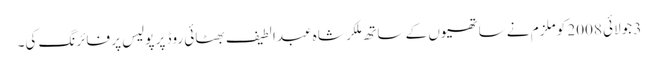
3 جولائی 2008 کو ملزم نے ساتھیوں کے ساتھ مِلکر شاہ عبدالطیف بھٹائی روڈ پر پولیس پر فائرنگ کی۔